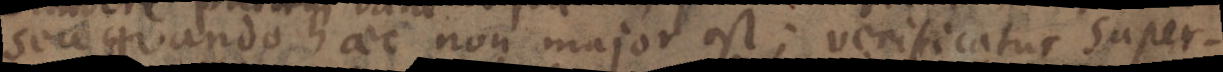
sece quando haec non major est; verificatur super